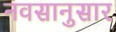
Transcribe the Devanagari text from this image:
नवसानुसार